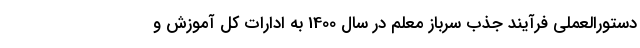
دستورالعملی فرآیند جذب سرباز معلم در سال 1400 به ادارات کل آموزش و